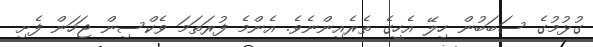
ގުޅުމުގެ ސަބަބުން ހިލޭ އެހީގެ ތެރެއިންނެވެ. އެންމެ ފުރަތަމަ ވެކްސިން ޖަހަން ފެށި